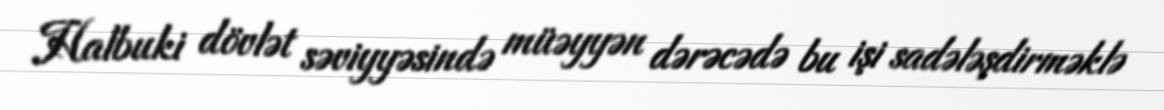
Halbuki dövlət səviyyəsində müəyyən dərəcədə bu işi sadələşdirməklə